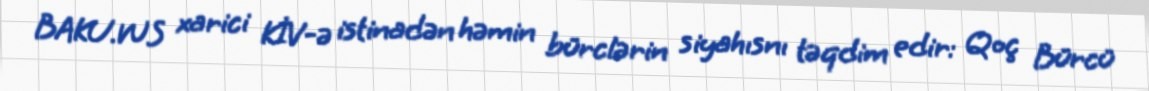
BAKU.WS xarici KİV-ə istinadən həmin bürclərin siyahısnı təqdim edir: Qoç Bürcü